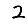
Digit: 2